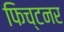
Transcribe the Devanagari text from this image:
फिच्टनर